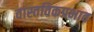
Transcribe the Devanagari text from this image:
वास्तविकप्रभाव